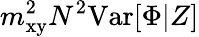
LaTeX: m_{\mathrm{xy}}^{2}N^{2}\mathrm{Var}[\Phi|Z]